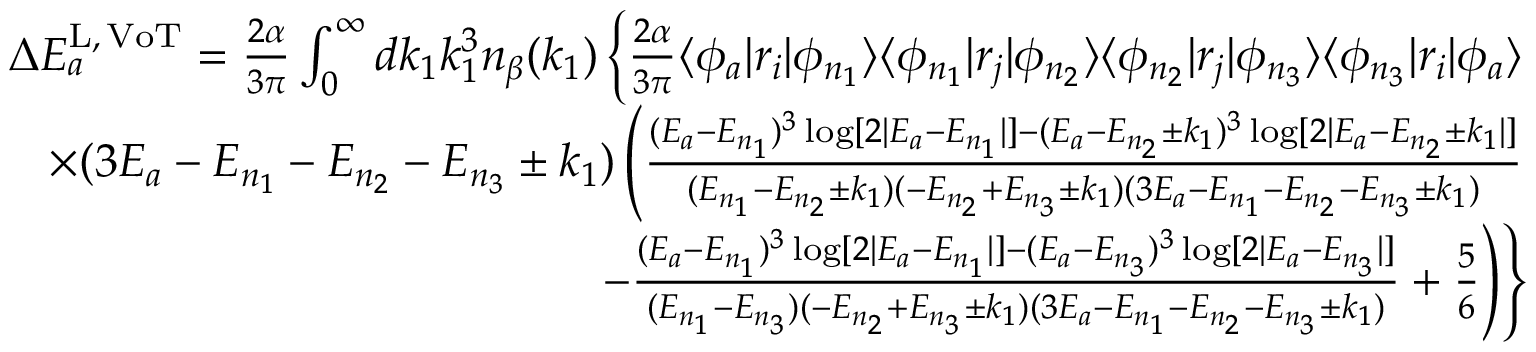
\begin{array} { r } { \Delta E _ { a } ^ { \mathrm { L , \, V o T } } = \frac { 2 \alpha } { 3 \pi } \int _ { 0 } ^ { \infty } d k _ { 1 } k _ { 1 } ^ { 3 } n _ { \beta } ( k _ { 1 } ) \left\lbrace \frac { 2 \alpha } { 3 \pi } \langle \phi _ { a } | r _ { i } | \phi _ { n _ { 1 } } \rangle \langle \phi _ { n _ { 1 } } | r _ { j } | \phi _ { n _ { 2 } } \rangle \langle \phi _ { n _ { 2 } } | r _ { j } | \phi _ { n _ { 3 } } \rangle \langle \phi _ { n _ { 3 } } | r _ { i } | \phi _ { a } \rangle \right. } \\ { \times ( 3 E _ { a } - E _ { n _ { 1 } } - E _ { n _ { 2 } } - E _ { n _ { 3 } } \pm k _ { 1 } ) \left( \frac { ( E _ { a } - E _ { n _ { 1 } } ) ^ { 3 } \log [ 2 | E _ { a } - E _ { n _ { 1 } } | ] - ( E _ { a } - E _ { n _ { 2 } } \pm k _ { 1 } ) ^ { 3 } \log [ 2 | E _ { a } - E _ { n _ { 2 } } \pm k _ { 1 } | ] } { ( E _ { n _ { 1 } } - E _ { n _ { 2 } } \pm k _ { 1 } ) ( - E _ { n _ { 2 } } + E _ { n _ { 3 } } \pm k _ { 1 } ) ( 3 E _ { a } - E _ { n _ { 1 } } - E _ { n _ { 2 } } - E _ { n _ { 3 } } \pm k _ { 1 } ) } \right. } \\ { \left. \left. - \frac { ( E _ { a } - E _ { n _ { 1 } } ) ^ { 3 } \log [ 2 | E _ { a } - E _ { n _ { 1 } } | ] - ( E _ { a } - E _ { n _ { 3 } } ) ^ { 3 } \log [ 2 | E _ { a } - E _ { n _ { 3 } } | ] } { ( E _ { n _ { 1 } } - E _ { n _ { 3 } } ) ( - E _ { n _ { 2 } } + E _ { n _ { 3 } } \pm k _ { 1 } ) ( 3 E _ { a } - E _ { n _ { 1 } } - E _ { n _ { 2 } } - E _ { n _ { 3 } } \pm k _ { 1 } ) } + \frac { 5 } { 6 } \right) \right\rbrace } \end{array}